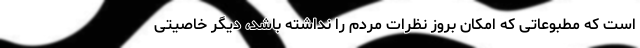
است که مطبوعاتی که امکان بروز نظرات مردم را نداشته باشد، دیگر خاصیتی